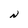
Character: N